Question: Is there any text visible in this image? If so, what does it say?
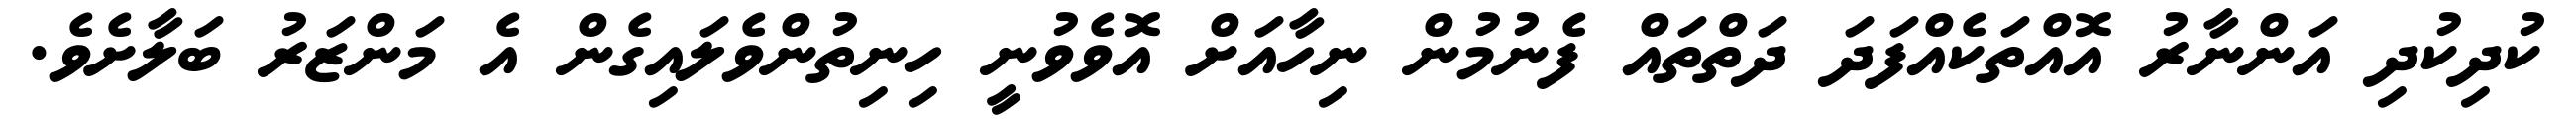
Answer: ކުދިކުދި އަންނާރު އޮއްތަކެއްފަދަ ދަތްތައް ފެނުމުން ނިހާއަށް އޮވެވުނީ ހިނިތުންވެލައިގެން އެ މަންޒަރު ބަލާށެވެ.